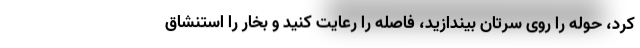
کرد، حوله را روی سرتان بیندازید، فاصله را رعایت کنید و بخار را استنشاق